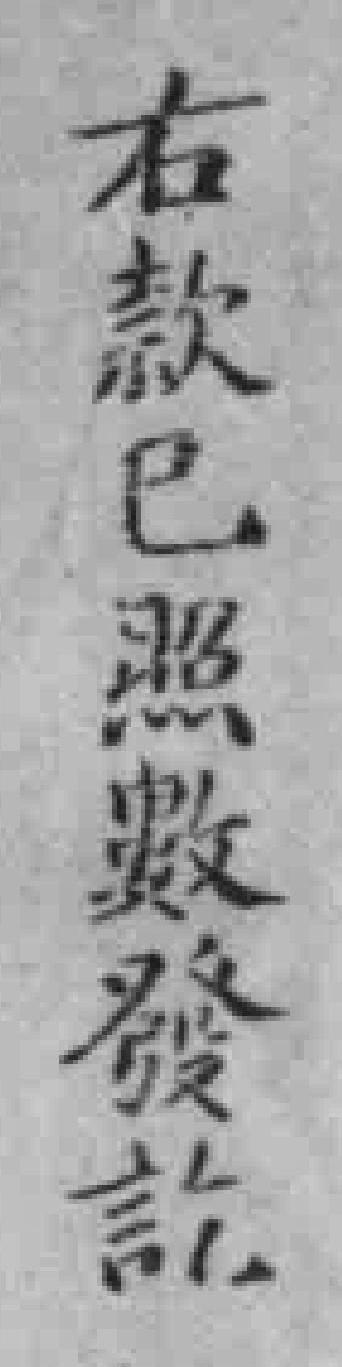
右款已照數發訖